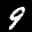
Label: 9